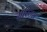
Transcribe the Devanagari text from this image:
मेरिटस